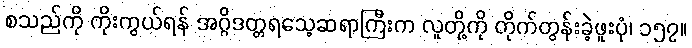
စသည်ကို ကိုးကွယ်ရန် အဂ္ဂိဒတ္တရသေ့ဆရာကြီးက လူတို့ကို တိုက်တွန်းခဲ့ဖူးပုံ၊ ၁၅၇။